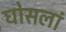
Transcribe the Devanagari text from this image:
घोसलां